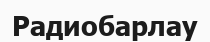
Радиобарлау